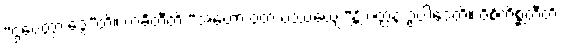
“ဌပေတွာ ဒွေ”တိ။ ကင်္ခတီတိ “အဟော ဝတ ပဿေယျ”န္တိ ပတ္ထနံ ဥပ္ပါဒေတိ။ ဝိစိကိစ္ဆတီတိ